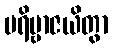
ပရိဗ္ဗာဇယိတွာ